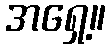
အရှေ့။